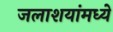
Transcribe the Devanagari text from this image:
जलाशयांमध्ये